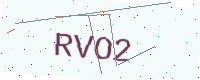
Text: RVO2